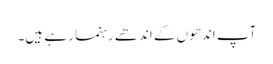
آپ اندھوں کے اندھے رہنما رہے ہیں۔